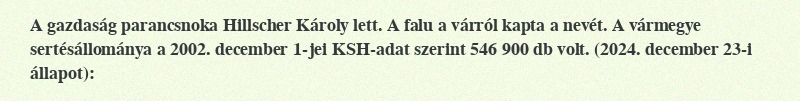
A gazdaság parancsnoka Hillscher Károly lett. A falu a várról kapta a nevét. A vármegye sertésállománya a 2002. december 1-jei KSH-adat szerint 546 900 db volt. (2024. december 23-i állapot):